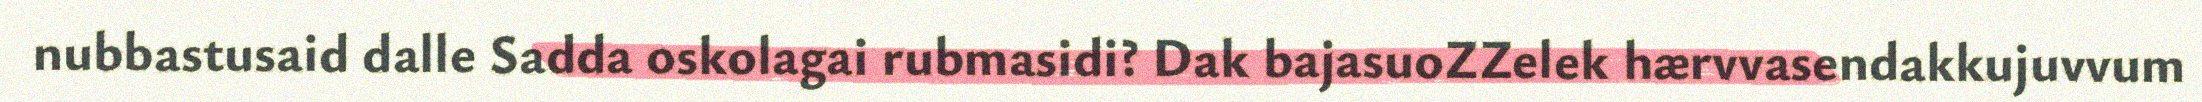
nubbastusaid dalle Sadda oskolagai rubmasidi? Dak bajasuoZZelek hærvvasendakkujuvvum